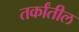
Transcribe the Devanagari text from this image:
तर्कांतील